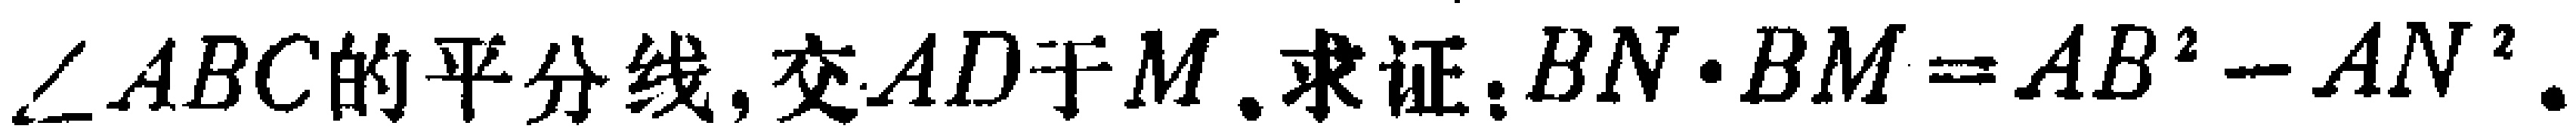
$\angle ABC的平分线,交AD于M. 求证:BN\cdot BM = AB^{2}-AN^{2}.$